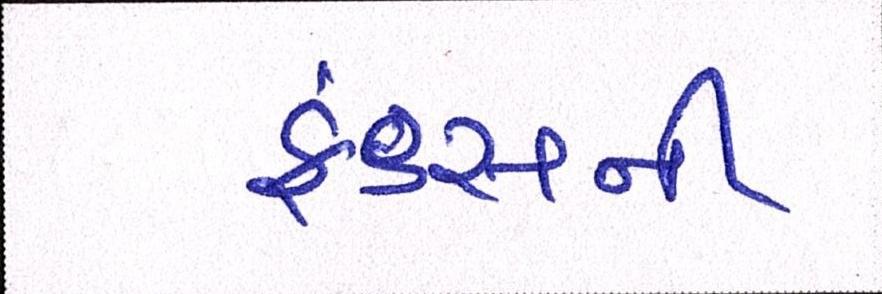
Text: ફંડ્સની